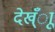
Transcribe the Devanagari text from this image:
देख्ँाू